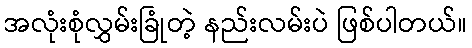
အလုံးစုံလွှမ်းခြုံတဲ့ နည်းလမ်းပဲ ဖြစ်ပါတယ်။